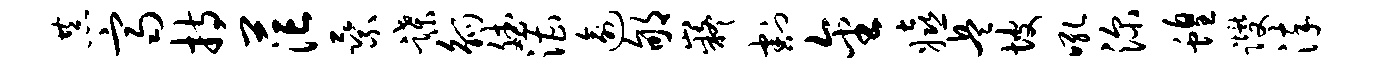
恭齐持茫乘蹀觚斌漕逾郇嶷割金嬉兵坡吼深蝗躞淬